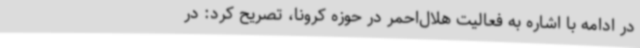
در ادامه با اشاره به فعالیت هلال‌احمر در حوزه کرونا، تصریح کرد: در